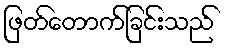
ဖြတ်တောက်ခြင်းသည်